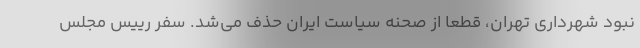
نبود شهرداری تهران، قطعا از صحنه سیاست ایران حذف می‌شد. سفر رییس مجلس